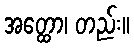
အတ္ထော၊ တည်း။